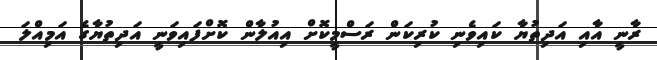
ރާނީ އާއި އަދިތުޔާ ކައިވެނި ކުރިކަން ރަސްމީކޮށް އިއުލާން ކޮށްފައިވަނީ އަދިތުޔާގެ އަމިއްލަ